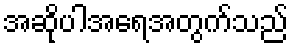
အဆိုပါအရေအတွက်သည်